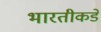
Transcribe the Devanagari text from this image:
भारतीकडे